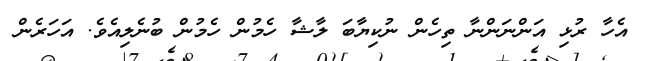
އެހާ ރުޅި އަންނަންނާ ތިހެން ނުކިޔާބަ ލާޝާ ހެމުން ހެމުން ބުނެލިއެވެ. އަހަރެން